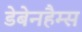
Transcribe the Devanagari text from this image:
डेबेनहैम्स